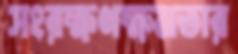
সংরক্ষণক্ষমতার